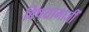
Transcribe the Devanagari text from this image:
विषयामाजीं